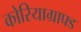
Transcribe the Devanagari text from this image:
कोरियाग्राफ्ड